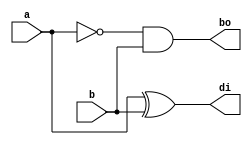
`timescale 1ns / 1ps

module half_subtractor(
input a,b,
output di,bo
    );
    
assign di=a^b;
assign bo=(~a)&b;

endmodule